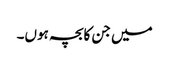
میں جن کابچہ ہوں۔